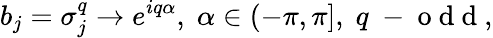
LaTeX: b_{j}=\sigma_{j}^{q}\rightarrow e^{iq\alpha},\; \alpha\in(-\pi,\pi],\; q\mathrm{~-~o~d~d~},